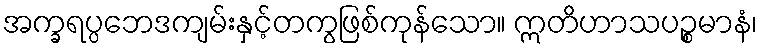
အက္ခရပ္ပဘေဒကျမ်းနှင့်တကွဖြစ်ကုန်သော။ ဣတိဟာသပဉ္စမာနံ၊